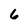
Character: 6